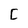
Character: C